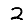
Digit: 2